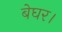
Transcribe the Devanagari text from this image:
बेघर।